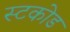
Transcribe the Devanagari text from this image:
स्टकोड